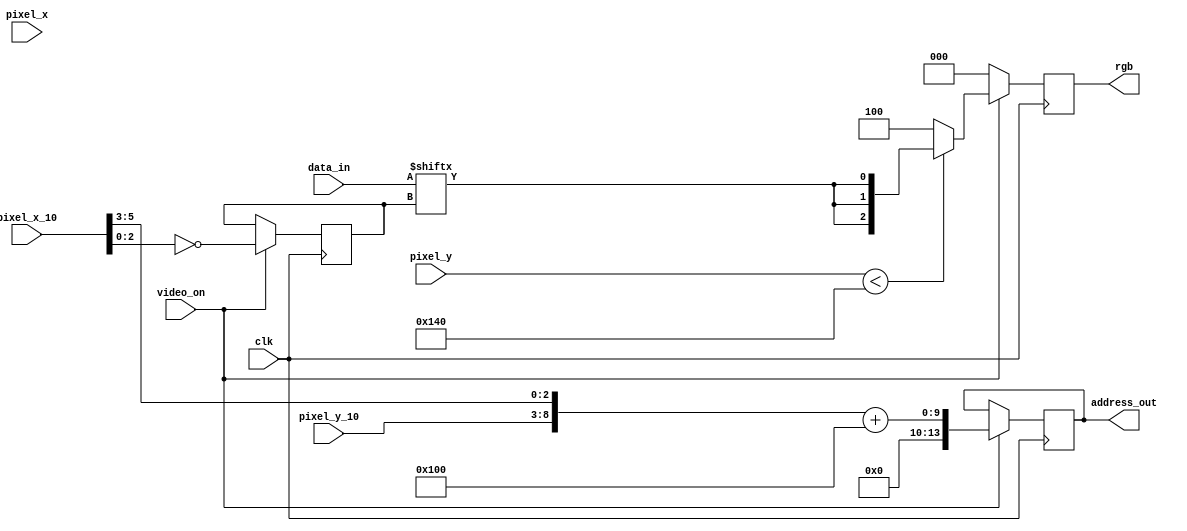
module pixel_generator(
	input wire clk,
	input wire video_on,
	input wire [9:0] pixel_x, //0 to 640
	input wire [9:0] pixel_y, //0 to 480
	output reg [2:0] rgb,
	output reg [13:0] address_out,
	input wire [7:0] data_in,
	input wire [5:0] pixel_x_10,
	input wire [5:0] pixel_y_10
);


reg[2:0] address_bit_previous;
wire[2:0] address_bit;
wire[13:0] address_byte;

wire rgb_data = data_in[address_bit_previous];
assign address_byte = {pixel_y_10[5:0], pixel_x_10[5:3]};
assign address_bit = ~pixel_x_10[2:0];

always @(posedge clk) begin
	if(~video_on) begin
		rgb <= 3'b000; //blank
	end else begin
		// set the address of the byte we want to read on the next clock cycle
		address_out <= address_byte + 'h100; //add base address where the data starts in the CHIP-8 memory
		// remember the bit number we want to use on the next clock cycle
		address_bit_previous <= address_bit;
		if(pixel_y < 'd320) 
			rgb <= {rgb_data, rgb_data, rgb_data};
		else
			rgb <= 3'b100;
	end

end

endmodule